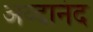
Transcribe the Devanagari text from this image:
अव्दानंद